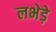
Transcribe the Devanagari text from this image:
लभेड़े